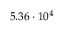
5 . 3 6 \cdot 1 0 ^ { 4 }